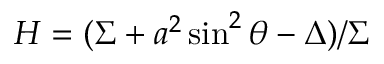
H = ( \Sigma + a ^ { 2 } \sin ^ { 2 } \theta - \Delta ) / \Sigma